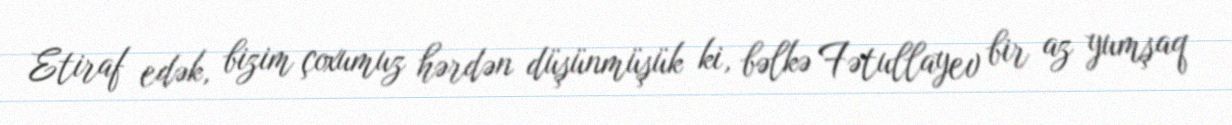
Etiraf edək, bizim çoxumuz hərdən düşünmüşük ki, bəlkə Fətullayev bir az yumşaq